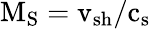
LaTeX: \mathrm{M_{S}=v_{sh}/c_{s}}